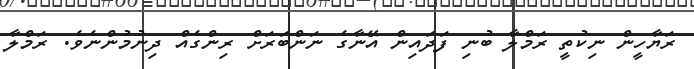
ރަޔާހީން ނިކުތީ ރަމްލާ ބުނި ފަދައިން އޭނާގެ ނަންބަރަށް ރިންގެއް ދިނުމުންނެވެ. ރަމްލާ